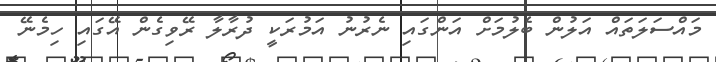
މައްސަލަތައް އަލުން ބެލުމަށް އަންގައި ނެރުނު އަމުރަކީ ދުރާލާ ރޭވިގެން އޭގައި ހިމެނޭ